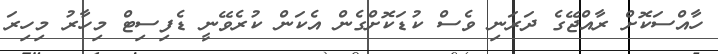
ހާއްސަކޮށް ރާއްޖޭގެ ދަރަނި ވެސް ކުޑަކޮށްގެން އެކަން ކުރެވޭނީ ޑެފިސިޓް މިހާރު މިހިރަ